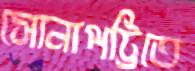
সোনাপট্টিতে